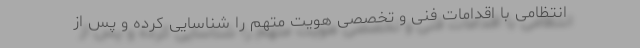
انتظامی با اقدامات فنی و تخصصی هویت متهم را شناسایی کرده و پس از